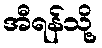
အီရန်သို့